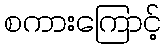
စကားကြောင့်